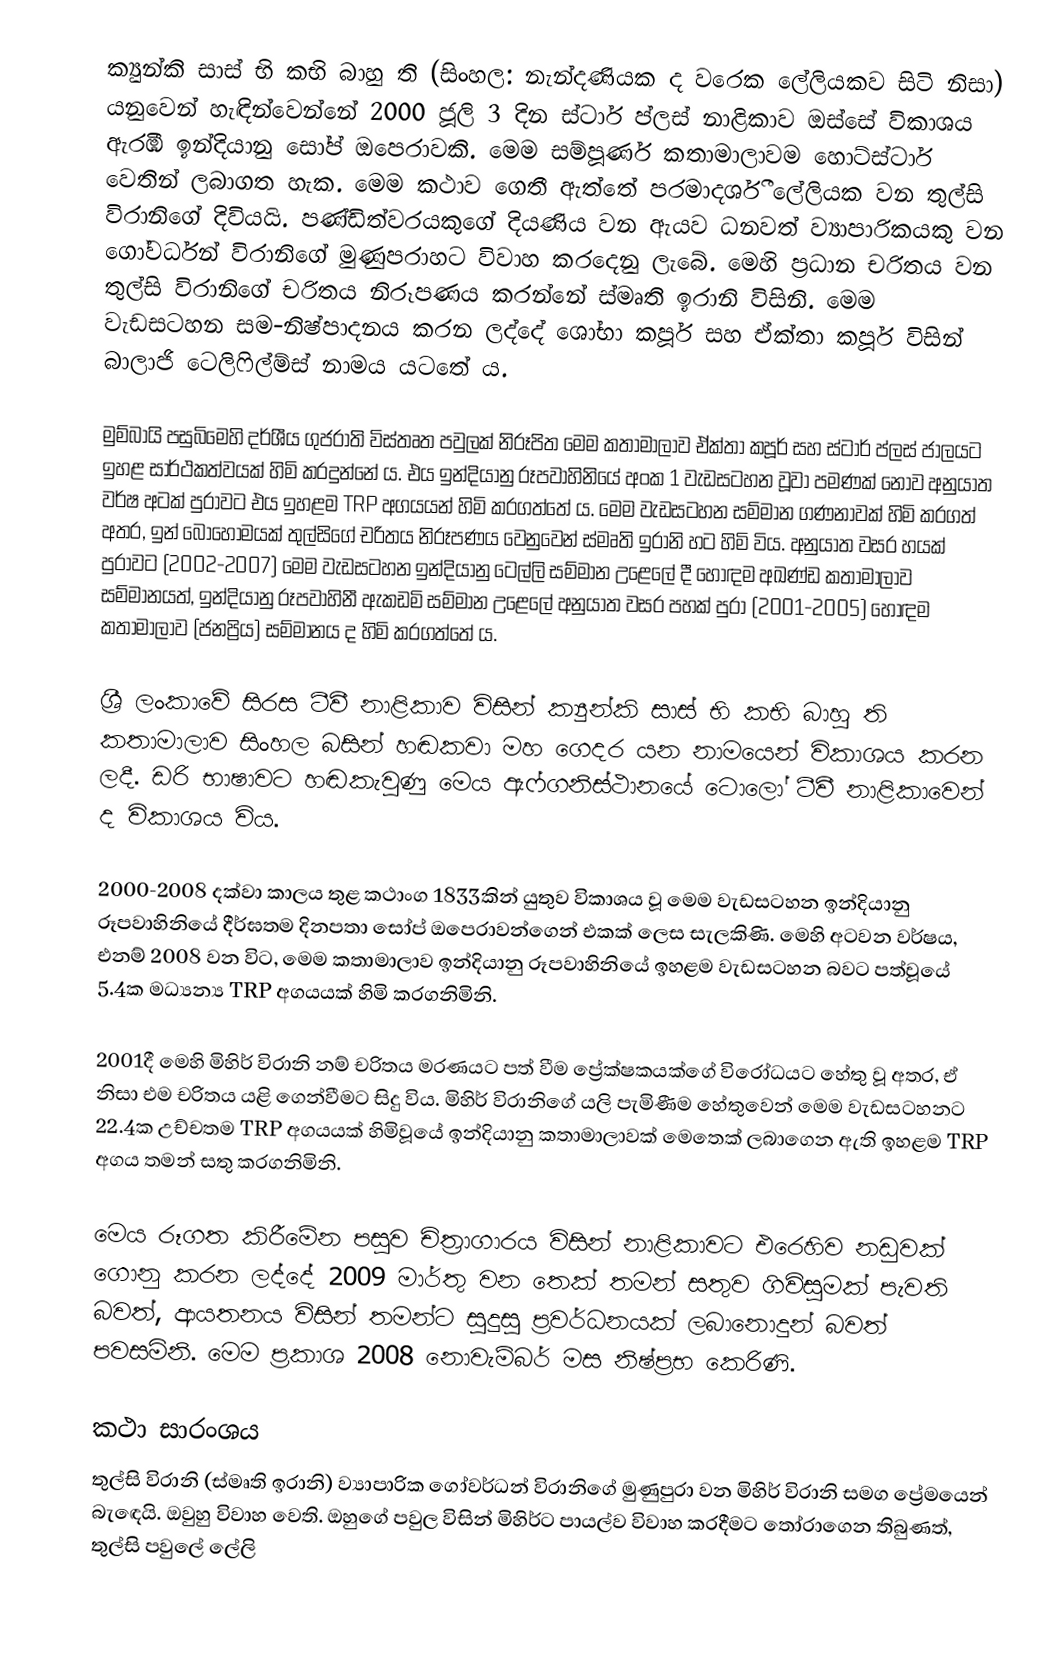
ක්‍යුන්කි සාස් භි කභි බාහු ති (සිංහල: නැන්දණියක ද වරෙක ලේලියකව සිටි නිසා) යනුවෙන් හැඳින්වෙන්නේ 2000 ජූලි 3 දින ස්ටාර් ප්ලස් නාළිකාව ඔස්සේ විකාශය ඇරඹි ඉන්දියානු සෝප් ඔපෙරාවකි. මෙම සම්පූර්ණ කතාමාලාවම හොට්ස්ටාර් වෙතින් ලබාගත හැක. මෙම කථාව ගෙතී ඇත්තේ පරමාදර්ශී ලේලියක වන තුල්සි විරානිගේ දිවියයි. පණ්ඩිත්වරයකුගේ දියණිය වන ඇයව ධනවත් ව්‍යාපාරිකයකු වන ගෝවර්ධන් විරානිගේ මුණුපරාහට විවාහ කරදෙනු ලැබේ. මෙහි ප්‍රධාන චරිතය වන තුල්සි විරානිගේ චරිතය නිරූපණය කරන්නේ ස්මෘති ඉරානි විසිනි. මෙම වැඩසටහන සම-නිෂ්පාදනය කරන ලද්දේ ශෝභා කපූර් සහ ඒක්තා කපූර් විසින් බාලාජි ටෙලිෆිල්ම්ස් නාමය යටතේ ය.

මුම්බායි පසුබිමෙහි දර්ශීය ගුජරාති විස්තෘත පවුලක් නිරූපිත මෙම කතාමාලාව ඒක්තා කපූර් සහ ස්ටාර් ප්ලස් ජාලයට ඉහළ සාර්ථකත්වයක් හිමි කරදුන්නේ ය. එය ඉන්දියානු රූපවාහිනියේ අංක 1 වැඩසටහන වූවා පමණක් නොව අනුයාත වර්ෂ අටක් පුරාවට එය ඉහළම TRP අගයයන් හිමි කරගත්තේ ය. මෙම වැඩසටහන සම්මාන ගණනාවක් හිමි කරගත් අතර, ඉන් බොහෝමයක් තුල්සිගේ චරිතය නිරූපණය වෙනුවෙන් ස්මෘති ඉරානි හට හිමි විය. අනුයාත වසර හයක් පුරාවට (2002-2007) මෙම වැඩසටහන ඉන්දියානු ටෙල්ලි සම්මාන උළෙලේ දී හොඳම අඛණ්ඩ කතාමාලාව සම්මානයත්, ඉන්දියානු රූපවාහිනී ඇකඩමි සම්මාන උළෙලේ අනුයාත වසර පහක් පුරා (2001-2005) හොඳම කතාමාලාව (ජනප්‍රිය) සම්මානය ද හිමි කරගත්තේ ය.

ශ්‍රී ලංකාවේ සිරස ටීවී නාළිකාව විසින් ක්‍යුන්කි සාස් භි කභි බාහු ති කතාමාලාව සිංහල බසින් හඬකවා මහ ගෙදර යන නාමයෙන් විකාශය කරන ලදී. ඩරි භාෂාවට හඬකැවුණු මෙය ඇෆ්ගනිස්ථානයේ ටොලෝ ටීවී නාළිකාවෙන් ද විකාශය විය.

2000-2008 දක්වා කාලය තුළ කථාංග 1833කින් යුතුව විකාශය වූ මෙම වැඩසටහන ඉන්දියානු රූපවාහිනියේ දීර්ඝතම දිනපතා සෝප් ඔපෙරාවන්ගෙන් එකක් ලෙස සැලකිණි.  මෙහි අටවන වර්ෂය, එනම් 2008 වන විට, මෙම කතාමාලාව ඉන්දියානු රූපවාහිනියේ ඉහළම වැඩසටහන බවට පත්වූයේ 5.4ක මධ්‍යන්‍ය TRP අගයයක් හිමි කරගනිමිනි.

2001දී මෙහි මිහිර් විරානි නම් චරිතය මරණයට පත් වීම ප්‍රේක්ෂකයක්ගේ විරෝධයට හේතු වූ අතර, ඒ නිසා එම චරිතය යළි ගෙන්වීමට සිදු විය. මිහිර් විරානිගේ යලි පැමිණීම හේතුවෙන් මෙම වැඩසටහනට 22.4ක උච්චතම TRP අගයයක් හිමිවූයේ ඉන්දියානු කතාමාලාවක් මෙතෙක් ලබාගෙන ඇති ඉහළම TRP අගය තමන් සතු කරගනිමිනි.

මෙය රූගත කිරීමේන පසුව චිත්‍රාගාරය විසින් නාළිකාවට එ‍රෙහිව නඩුවක් ගොනු කරන ලද්දේ 2009 මාර්තු වන තෙක් තමන් සතුව ගිවිසුමක් පැවති බවත්, ආයතනය විසින් තමන්ට සුදුසු ප්‍රවර්ධනයක් ලබානොදුන් බවත් පවසමිනි. මෙම ප්‍රකාශ 2008 නොවැම්බර් මස නිෂ්ප්‍රභ කෙරිණි.

කථා සාරංශය
තුල්සි විරානි (ස්මෘති ඉරානි) ව්‍යාපාරික ‍ගෝවර්ධන් විරානිගේ මුණුපුරා වන මිහිර් විරානි සමග ප්‍රේමයෙන් බැ‍ඳෙයි. ඔවුහු විවාහ වෙති. ඔහුගේ පවුල විසින් මිහිර්ට පායල්ව විවාහ කරදීමට තෝරාගෙන තිබුණත්, තුල්සි පවුලේ ලේලි